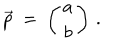
\vec { p } \: = \: \left( \begin{array} { c c } { { a } } \\ { { b } } \\ \end{array} \right) \, .